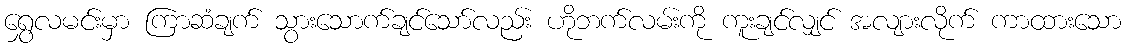
ရွှေလမင်းမှာ ကြာဆံချက် သွားသောက်ချင်သော်လည်း ဟိုဘက်လမ်းကို ကူးချင်လျှင် အလျားလိုက် ကာထားသော